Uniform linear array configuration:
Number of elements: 24
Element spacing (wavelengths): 1
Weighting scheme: cosine
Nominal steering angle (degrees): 60
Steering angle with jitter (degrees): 58.3
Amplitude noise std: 0.05
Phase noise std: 0.05

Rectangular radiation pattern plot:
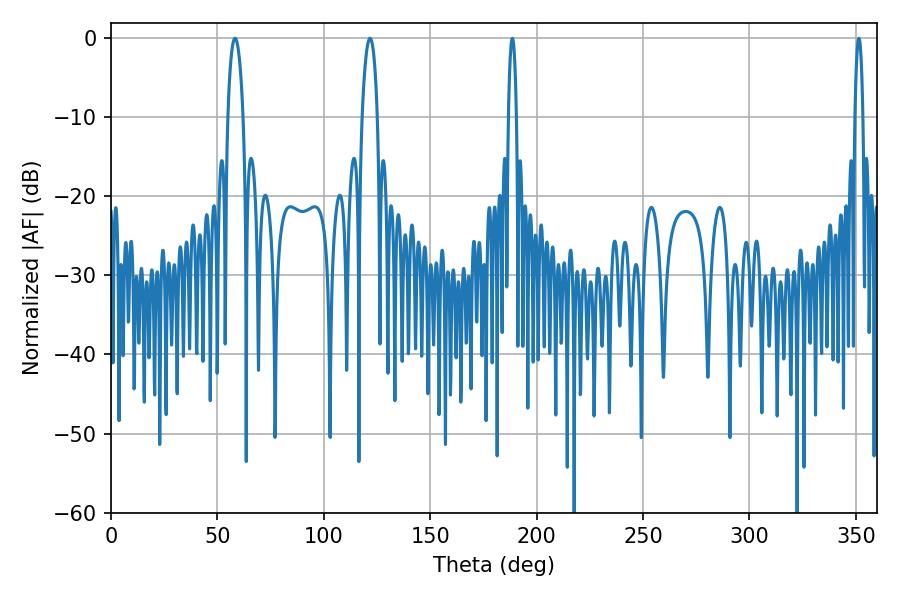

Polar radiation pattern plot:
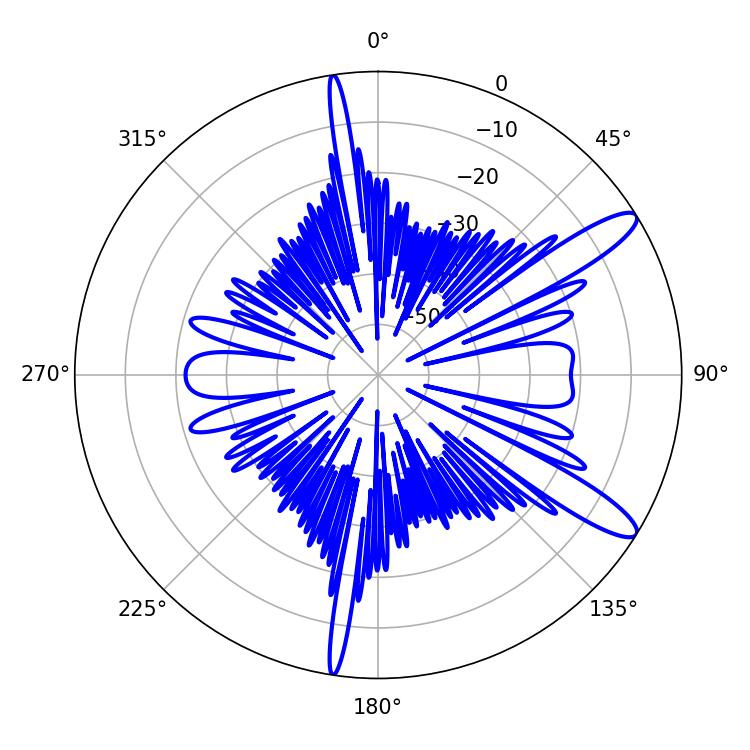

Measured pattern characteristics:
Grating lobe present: TRUE
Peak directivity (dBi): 12.167
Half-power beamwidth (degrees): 3.96
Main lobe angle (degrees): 58.32